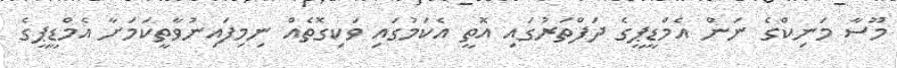
މޫސާ މަނިކްގެ ނަން އެމްޑީޕީގެ ދަފްތަރުގައި އޮތީ އެކަމުގައި ވަކިގޮތެއް ނިމިފައިނުވާތީކަމަށާ އެމްޑީޕީގެ